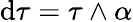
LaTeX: \mathrm{d}\tau=\tau\wedge\alpha